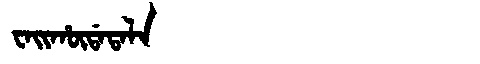
Manchu: ᠸᠠᡳᡥᡡᡩᠠᡨᠠᠯᠠ
Romanization: WAIHŪDATALA